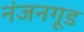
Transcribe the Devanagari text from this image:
नंजनगूड